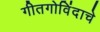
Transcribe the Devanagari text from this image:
गीतगोविंदाचे